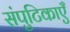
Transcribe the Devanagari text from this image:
संपुटिकाएँ